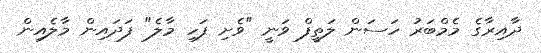
ދާއިރާގެ މެމްބަރު ހަސަން ލަތީފް ވަނީ "ވެށި ފަހި މާލެ" ފަދައިން މާލެއިން